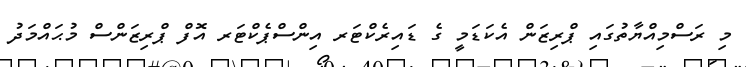
މި ރަސްމިއްޔާތުގައި ޕްރިޒަން އެކަޑަމީ ގެ ޑައިރެކްޓަރ އިންސްޕެކްޓަރ އޮފް ޕްރިޒަންސް މުޙައްމަދު